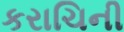
કરાચિની